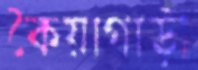
কৈয়াগাড়ী